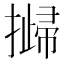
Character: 𢵴